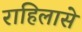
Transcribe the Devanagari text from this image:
राहिलासे